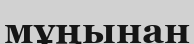
мұңынан